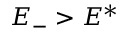
E _ { - } > E ^ { * }